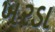
ખરડા